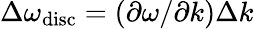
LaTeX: \Delta\omega_{\mathrm{disc}}=(\partial\omega/\partial k)\Delta k